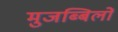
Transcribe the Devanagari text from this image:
मुजब्बिलों